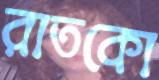
রাতকো